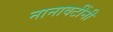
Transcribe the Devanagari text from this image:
नानावटींनी